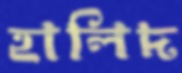
হালিদ